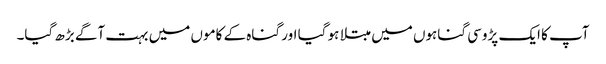
آپ کا ایک پڑوسی گناہوں میں مبتلا ہو گیا اور گناہ کے کاموں میں بہت آگے بڑھ گیا۔